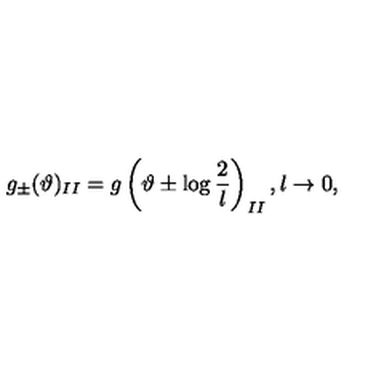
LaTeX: g _ { \pm } ( \vartheta ) _ { I I } = g \left( \vartheta \pm \log \displaystyle \frac { 2 } { l } \right) _ { I I } , l \rightarrow 0 ,